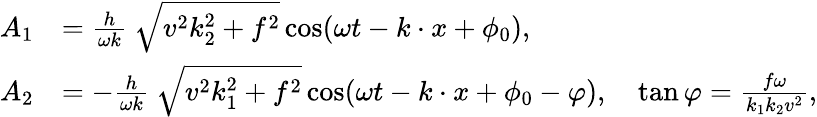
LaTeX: \begin{array}{rl}{A_{1}}&{=\frac{h}{\omega k}\ {\sqrt{v^{2}k_{2}^{2}+f^{2}}}\cos(\omega t-k\cdot x+\phi_{0}),\ }\\ {A_{2}}&{=-\frac{h}{\omega k}\ {\sqrt{v^{2}k_{1}^{2}+f^{2}}}\cos(\omega t-k\cdot x+\phi_{0}-\varphi),\quad\tan\varphi=\frac{f\omega}{k_{1}k_{2}v^{2}},}\end{array}